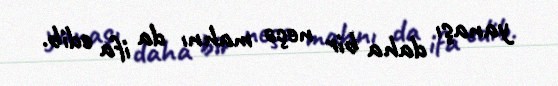
yanaşı daha bir neçə mahnı da ifa edib.